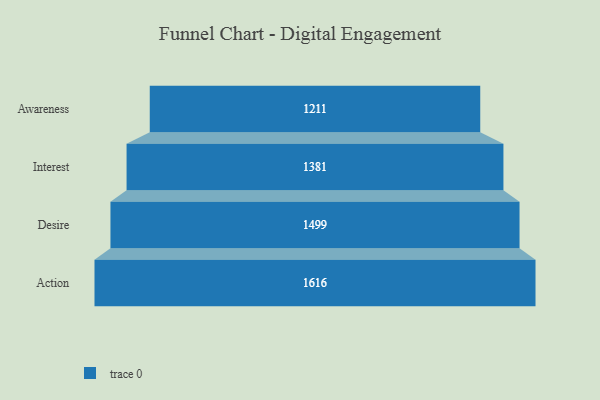
{"axis": {"x": "Stage", "y": "Value"}, "legend": [""], "data": [{"x": "Awareness", "y": 1211.0, "type": ""}, {"x": "Interest", "y": 1381.0, "type": ""}, {"x": "Desire", "y": 1499.0, "type": ""}, {"x": "Action", "y": 1616.0, "type": ""}]}